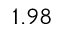
1 . 9 8